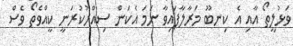
ވަޅުލީތޯ އާއި އެ ކިނބޫ މަރާލާފައިވާ ނަމަ އެކަން ސިއްރުކުރަނީ ކީއްވެތޯ ވެސް